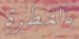
بالفطرة